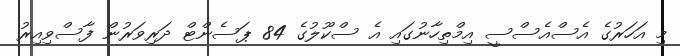
މި އަހަރުގެ އެސްއެސްސީ އިމްތިހާނުގައި އެ ސްކޫލުގެ 84 ޕަސެންޓް ދަރިވަރުން ފާސްވިއިރު